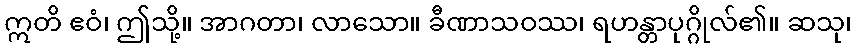
ဣတိ ဧဝံ၊ ဤသို့။ အာဂတာ၊ လာသော။ ခီဏာသဝဿ၊ ရဟန္တာပုဂ္ဂိုလ်၏။ ဆသု၊